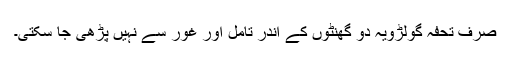
صرف تحفہ گولڑویہ دو گھنٹوں کے اندر تامل اور غور سے نہیں پڑھی جا سکتی۔